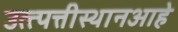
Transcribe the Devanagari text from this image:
उत्त्पत्तीस्थानआहे